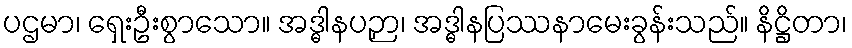
ပဌမာ၊ ရှေးဦးစွာသော။ အဒ္ဓါနပဉှာ၊ အဒ္ဓါနပြဿနာမေးခွန်းသည်။ နိဋ္ဌိတာ၊